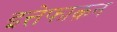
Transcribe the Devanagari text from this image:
इत्तेफाक़न